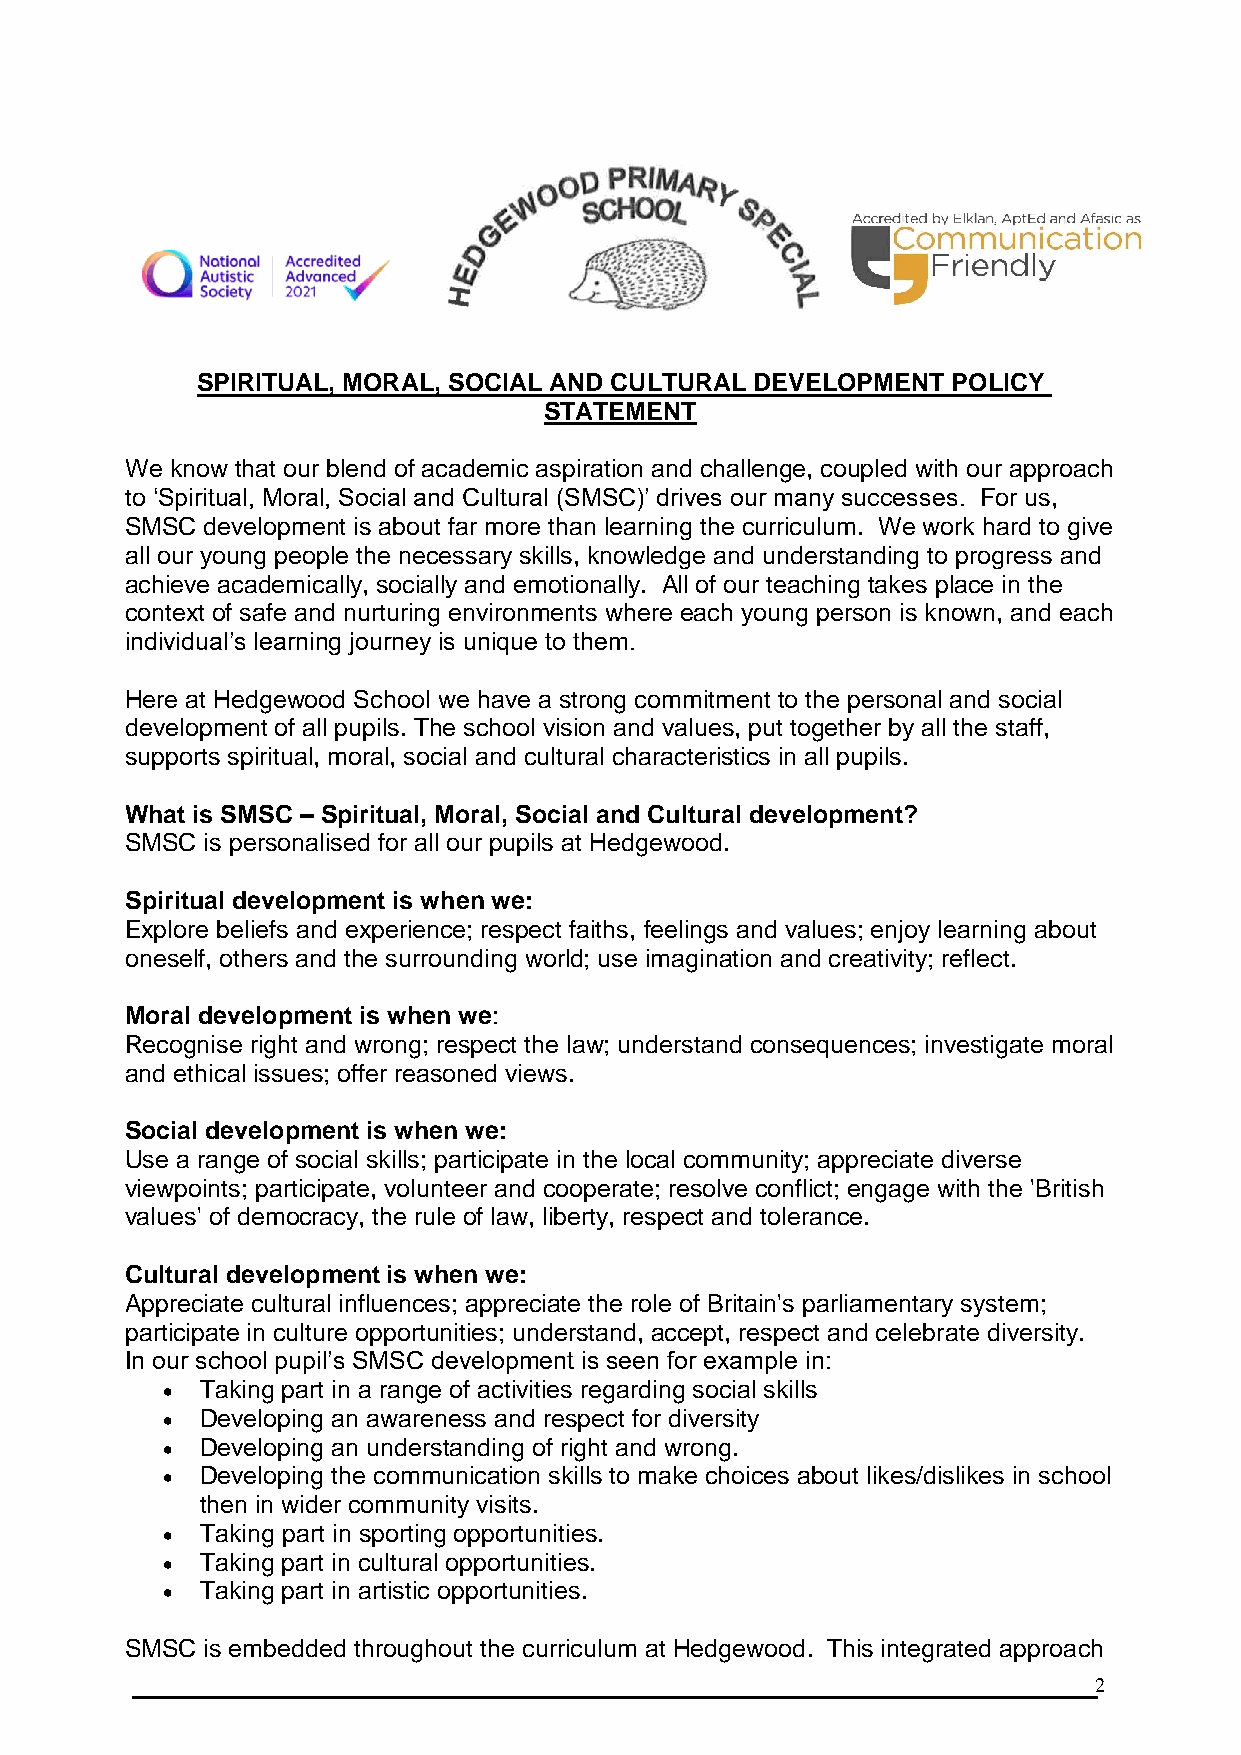
SPIRITUAL, MORAL, SOCIAL AND CULTURAL DEVELOPMENT POLICY
 STATEMENT
 We know that our blend of academic aspiration and challenge, coupled with our approach
 to ‘Spiritual, Moral, Social and Cultural (SMSC)’ drives our many successes. For us,
 SMSC  development is about far more than learning the curriculum. We work hard to give
 all our young people the necessary skills, knowledge and understanding to progress and
 achieve academically, socially and emotionally. All of our teaching takes place in the
 context of safe and nurturing environments where each young person is known, and each
 individual’s learning journey is unique to them.
 Here at Hedgewood School we have a strong commitment to the personal and social
 development of all pupils. The school vision and values, put together by all the staff,
 supports spiritual, moral, social and cultural characteristics in all pupils.
 What is SMSC – Spiritual, Moral, Social and Cultural development?
 SMSC  is personalised for all our pupils at Hedgewood.
 Spiritual development is when we:
 Explore beliefs and experience; respect faiths, feelings and values; enjoy learning about
 oneself, others and the surrounding world; use imagination and creativity; reflect.
 Moral development is when we:
 Recognise right and wrong; respect the law; understand consequences; investigate moral
 and ethical issues; offer reasoned views.
 Social development is when we:
 Use a range of social skills; participate in the local community; appreciate diverse
 viewpoints; participate, volunteer and cooperate; resolve conflict; engage with the 'British
 values' of democracy, the rule of law, liberty, respect and tolerance.
 Cultural development is when we:
 Appreciate cultural influences; appreciate the role of Britain's parliamentary system;
 participate in culture opportunities; understand, accept, respect and celebrate diversity.
 In our school pupil’s SMSC development is seen for example in:
  Taking part in a range of activities regarding social skills
  Developing an awareness and respect for diversity
  Developing an understanding of right and wrong.
  Developing the communication skills to make choices about likes/dislikes in school
 then in wider community visits.
  Taking part in sporting opportunities.
  Taking part in cultural opportunities.
  Taking part in artistic opportunities.
 SMSC  is embedded throughout the curriculum at Hedgewood. This integrated approach
 2